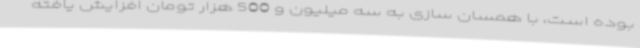
بوده است، با همسان سازی به سه میلیون و 500 هزار تومان افزایش یافته